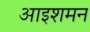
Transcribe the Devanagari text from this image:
आइशमन